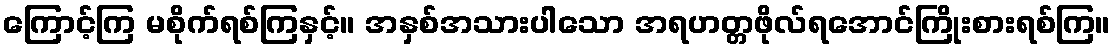
ကြောင့်ကြ မစိုက်ရစ်ကြနှင့်။ အနှစ်အသားပါသော အရဟတ္တဖိုလ်ရအောင်ကြိုးစားရစ်ကြ။